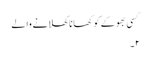
کسی بھوکے کو کھانا کھلانے والے
۲۔